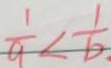
\frac { 1 } { a } < \frac { 1 } { b } .